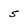
Character: 5